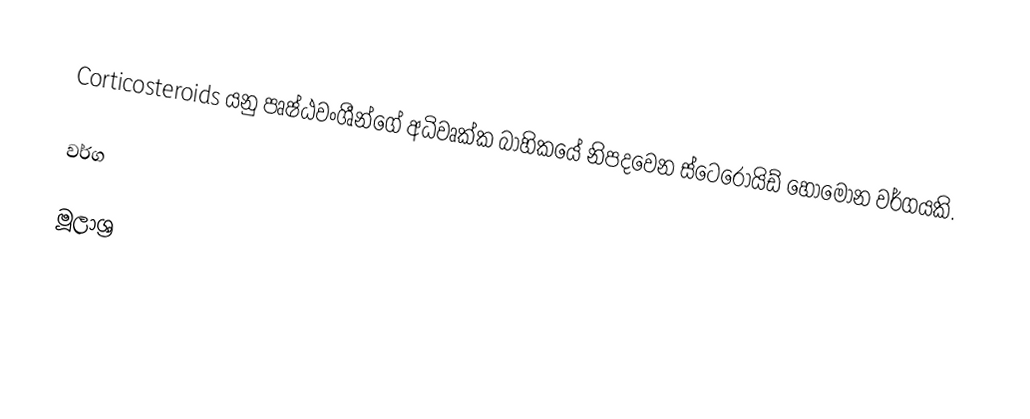
Corticosteroids යනු පෘෂ්ඨවංශීන්ගේ අධිවෘක්ක බාහිකයේ නිපදවෙන ස්ටෙරොයිඩ් හෝමෝන වර්ගයකි.

වර්ග

මූලාශ්‍ර